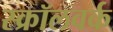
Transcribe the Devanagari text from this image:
स्क्रॉलवर्क